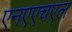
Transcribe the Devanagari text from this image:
एनएएचएल